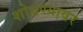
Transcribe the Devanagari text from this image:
शोधण्यावर